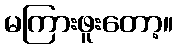
မကြားဖူးတော့။